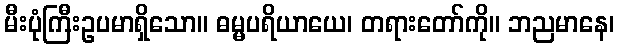
မီးပုံကြီးဥပမာရှိသော။ ဓမ္မပရိယာယေ၊ တရားတော်ကို။ ဘညမာနေ၊